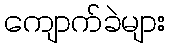
ကျောက်ခဲများ